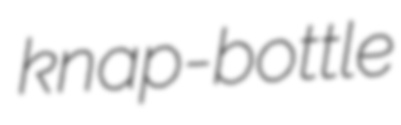
knap-bottle